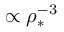
\propto \rho _ { * } ^ { - 3 }